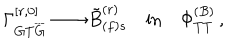
LaTeX: \Gamma _ { G T \overline { { { G } } } } ^ { [ r , 0 ] } \longrightarrow { \tilde { B } } _ { ( f ) s } ^ { ( r ) } \quad \mathrm { { i n } } \quad \Phi _ { T T } ^ { ( B ) } \, ,